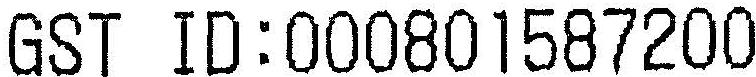
GST ID:000801587200